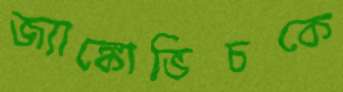
জ্যাঙ্কোভিচকে